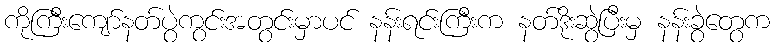
ကိုကြီးကျော်နတ်ပွဲကွင်းအတွင်းမှာပင် နန်းရင်းကြီးက နတ်ဒိုးဆွဲပြီးမှ နန်းခွဲတွေက